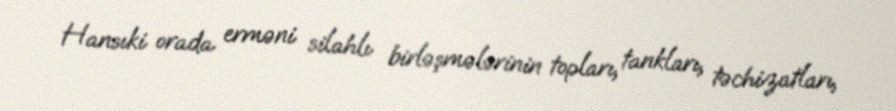
Hansıki orada erməni silahlı birləşmələrinin topları, tankları, təchizatları,